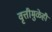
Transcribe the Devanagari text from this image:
वृत्तीमुळेही